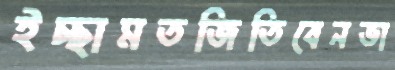
ইচ্ছামতজিতিবেনভা